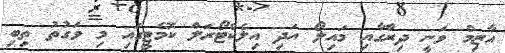
އާޒިމް ވަނީ ދިރާގާއި މައިލޯ އަދި އިލެކްޓޯރަލް ކޮމެޓީގައި މި ވަގުތު ތިބި